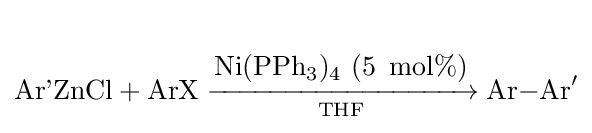
{{\text{Ar'ZnCl}}{}+{}\mathrm {ArX} {}\mathrel {\xrightarrow[{\text{THF}}]{\begin{matrix}{}\\\mathrm {Ni} (\mathrm {PPh} {\vphantom {A}}_{\smash[{t}]{3}}){\vphantom {A}}_{\smash[{t}]{4}}~(5\,{\text{ mol}}\%)\end{matrix}}} {}\mathrm {Ar} {-}\mathrm {Ar} {\vphantom {A}}^{\prime }}